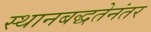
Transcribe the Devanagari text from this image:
स्थानबद्धतेनंतर